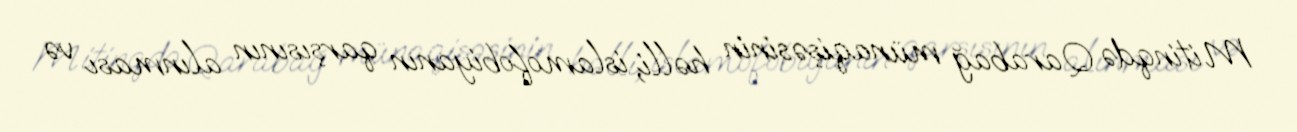
Mitinqdə Qarabağ münaqişəsinin həlli, islamofobiyanın qarşısının alınması və